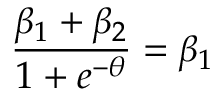
\frac { \beta _ { 1 } + \beta _ { 2 } } { 1 + e ^ { - \theta } } = \beta _ { 1 }